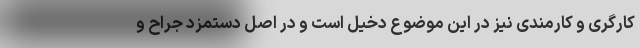
کارگری و کارمندی نیز در این موضوع دخیل است و در اصل دستمزد جراح و